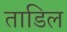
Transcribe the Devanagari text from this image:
ताडिल